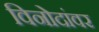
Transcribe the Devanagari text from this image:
विनोदांवर